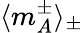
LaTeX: \langle m_{A}^{\pm}\rangle_{\pm}